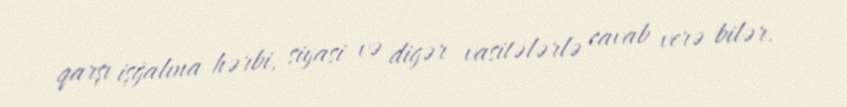
qarşı işğalına hərbi, siyasi və digər vasitələrlə cavab verə bilər.